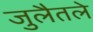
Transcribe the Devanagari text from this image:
जुलैतले